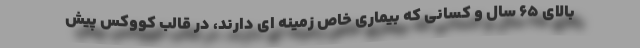
بالای ۶۵ سال و کسانی که بیماری خاص زمینه ای دارند، در قالب کووکس پیش